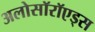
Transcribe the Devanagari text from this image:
अलोसॉरॉएड्स